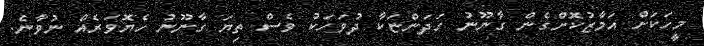
މީހަކަށް އަމާޒުކޮށްގެން ގާނޫނު ހަދަންޏަކާ ދުވަހަކު ވެސް ތިޔަ ގާނޫނު ހެޔޮވަރެއް ނުވާނެ.